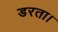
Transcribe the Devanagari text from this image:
डरता।